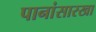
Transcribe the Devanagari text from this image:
पानांसारखा